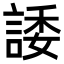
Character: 諉